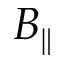
B _ { \parallel }